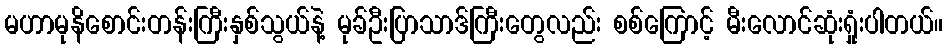
မဟာမုနိစောင်းတန်းကြီးနှစ်သွယ်နဲ့ မုခ်ဦးပြာသာဒ်ကြီးတွေလည်း စစ်ကြောင့် မီးလောင်ဆုံးရှုံးပါတယ်။